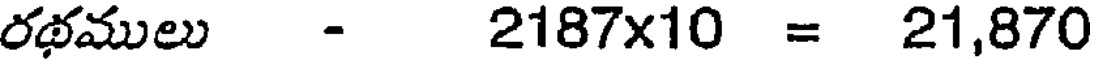
రథములు - 2187x10 = 21,870